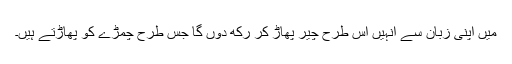
میں اپنی زبان سے انہیں اس طرح چیر پھاڑ کر رکھ دوں گا جس طرح چمڑے کو پھاڑتے ہیں۔